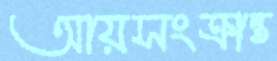
আয়সংক্রান্ত